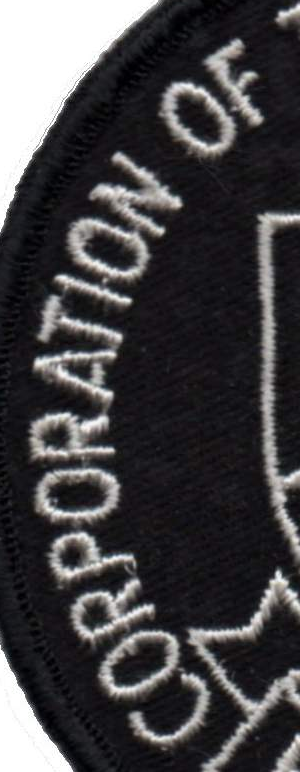
CORPORATION OF